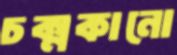
চক্‌মকানো